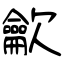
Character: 龡